65_HS1-834228961_62-HQ-83894_Section_1
Agency: FBI
Page 30
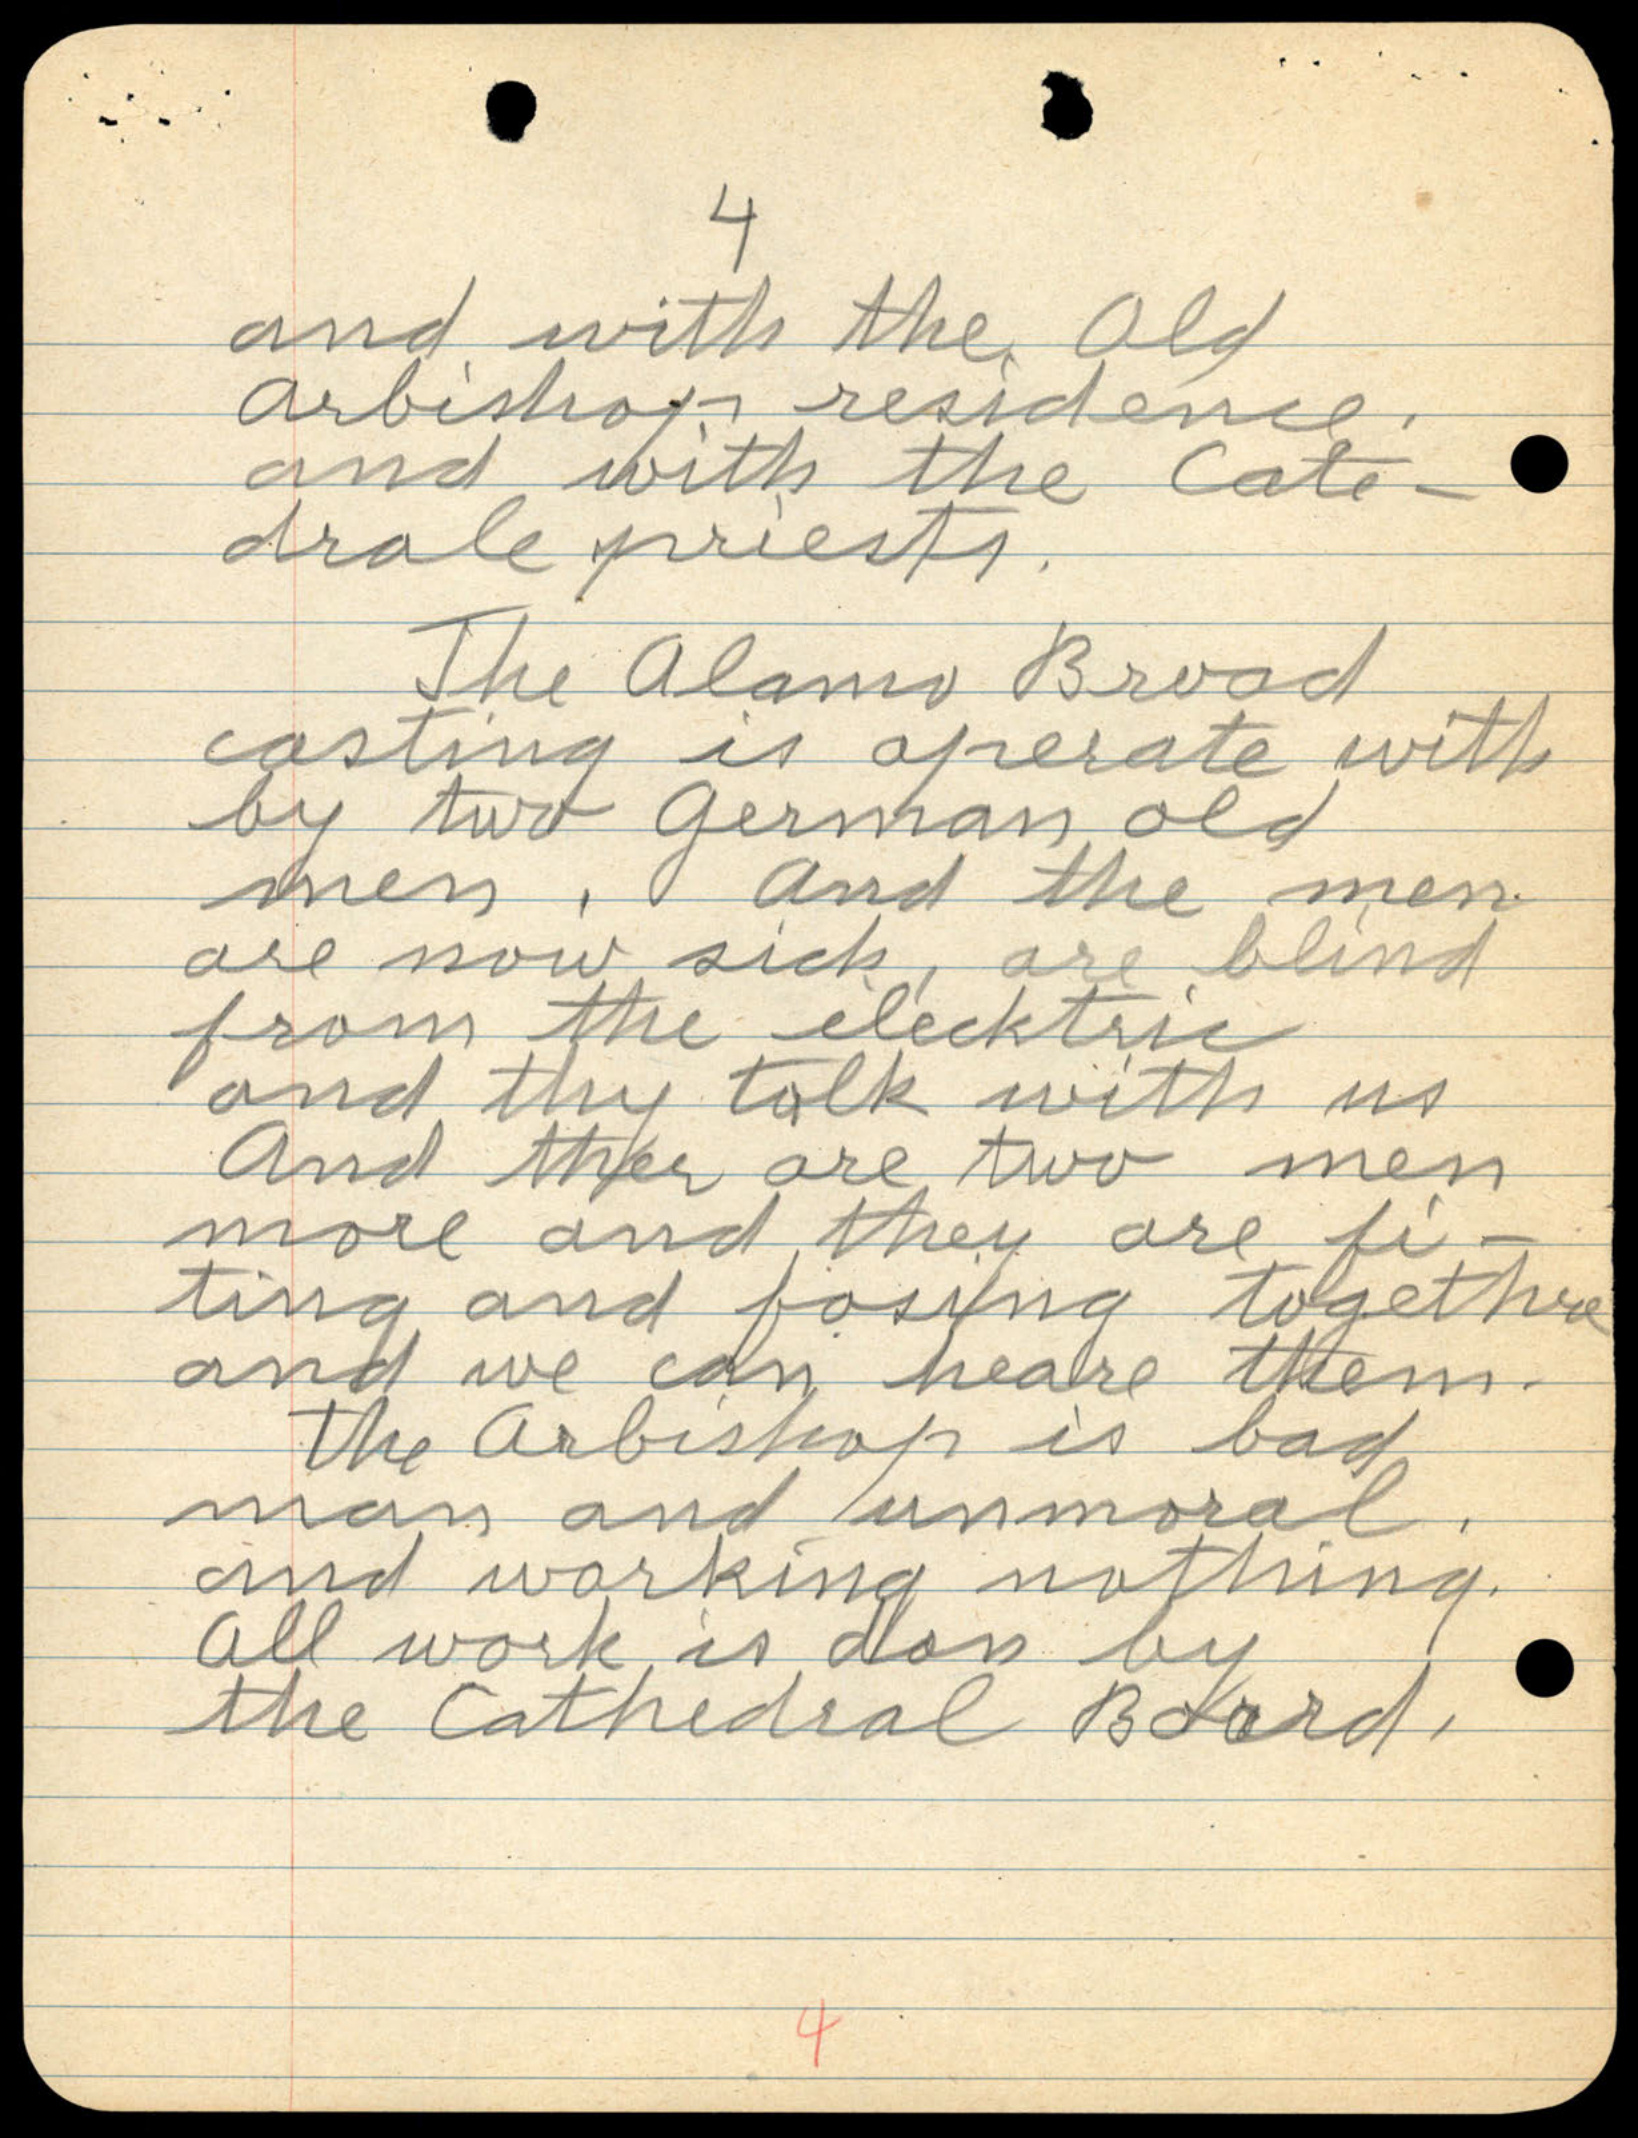